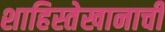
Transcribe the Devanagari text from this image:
शाहिस्तेखानाचीं